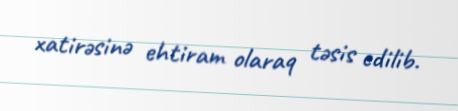
xatirəsinə ehtiram olaraq təsis edilib.